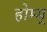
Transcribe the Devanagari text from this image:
होम्स्